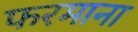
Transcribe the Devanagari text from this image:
फरमाना